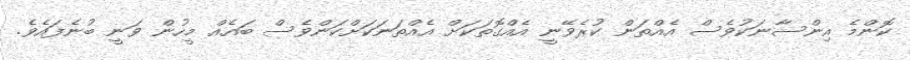
ކޮންމެ އިންސާނަކުވެސް އެއްތަން ކުރެވޭނީ އެއްގޮތަކަށް އެއްތަނަކަށްކަންވެސް ބައެއް މީހުން ވަނީ ބުނެފައެވެ.